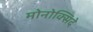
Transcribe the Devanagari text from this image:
मोनोक्सिदे